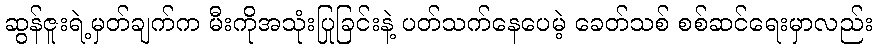
ဆွန်ဇူးရဲ့မှတ်ချက်က မီးကိုအသုံးပြုခြင်းနဲ့ ပတ်သက်နေပေမဲ့ ခေတ်သစ် စစ်ဆင်ရေးမှာလည်း